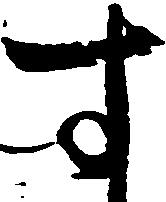
す